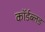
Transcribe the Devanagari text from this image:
कॉर्डब्लड